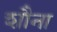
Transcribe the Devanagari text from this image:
शौना